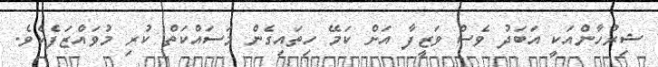
ޝިރުހާންއަކީ އަބަދު ވެސް ވަޒީފާ އަށް ކަމޭ ހިތައިގެން މަސައްކަތް ކުރި މުވައްޒަފެކެވެ.